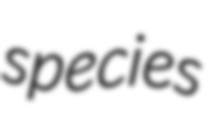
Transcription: species